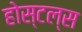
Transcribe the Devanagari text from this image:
होस्टल्स